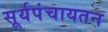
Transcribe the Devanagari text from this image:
सूर्यपंचायतन